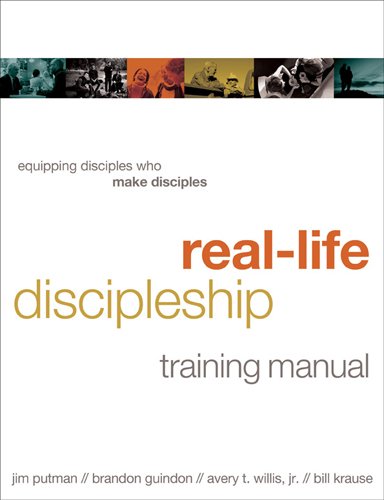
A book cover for Real-Life Discipleship Training Manual: Equipping Disciples Who Make Disciples; Jim Putman; Christian Books & Bibles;